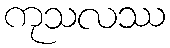
ကုသလဿ